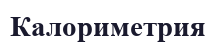
Калориметрия